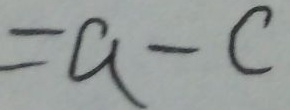
= a - c